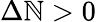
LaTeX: \Delta\mathbb{N}>0